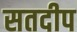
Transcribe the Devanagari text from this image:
सतदीप